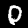
Label: 0